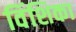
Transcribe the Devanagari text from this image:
विंशिका